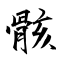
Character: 骸